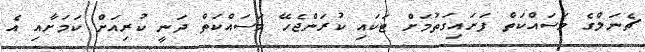
ޗެނަލްގެ މަސައްކަތް ފަށައިގަތުމަށް ޓަކައި ކުރަންޖެހޭ މަސައްކަތް ދަނީ ކުރިއަށް ކަމަށާއި އެ